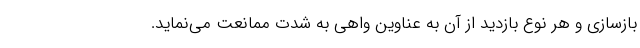
بازسازی و هر نوع بازدید از آن به عناوین واهی به شدت ممانعت می‌نماید.